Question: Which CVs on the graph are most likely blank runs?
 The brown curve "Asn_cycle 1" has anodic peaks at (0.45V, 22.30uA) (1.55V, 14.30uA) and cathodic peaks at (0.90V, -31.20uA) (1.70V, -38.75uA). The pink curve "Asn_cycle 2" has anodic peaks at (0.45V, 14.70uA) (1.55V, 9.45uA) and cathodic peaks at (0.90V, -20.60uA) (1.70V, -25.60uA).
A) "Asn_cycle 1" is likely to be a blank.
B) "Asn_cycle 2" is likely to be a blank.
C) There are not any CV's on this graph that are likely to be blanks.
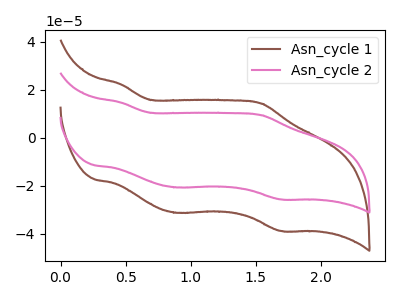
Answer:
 <answer>C) There are not any CV's on this graph that are likely to be blanks.</answer>
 <eval>C</eval>